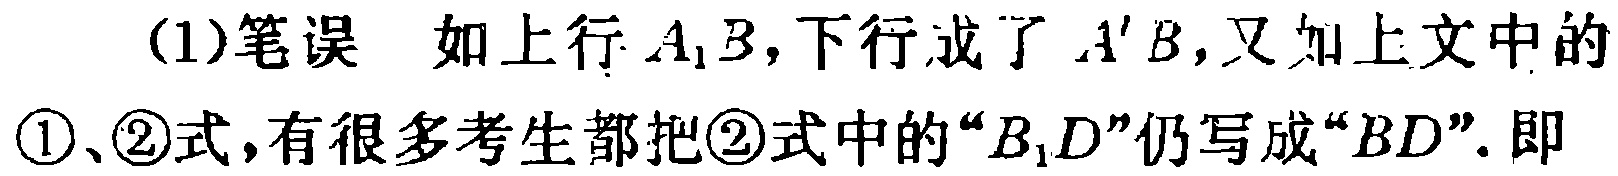
(1)笔误 如上行 \(A_{1}B\)，下行成了 \(A'B\)，又如上文中的\textcircled{1}、\textcircled{2}式，有很多考生都把\textcircled{2}式中的“\(B_{1}D\)”仍写成“\(BD\)”. 即